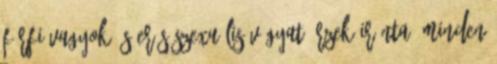
férfi vagyok és erős szexuális vágyat érzek iránta. Minden